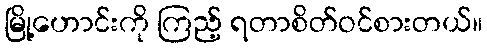
မြို့ဟောင်းကို ကြည့် ရတာစိတ်ဝင်စားတယ်။